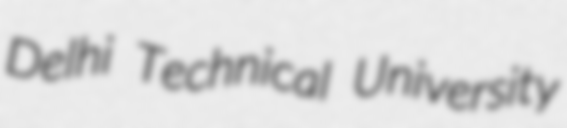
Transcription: Delhi Technical University